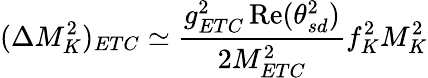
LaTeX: (\Delta M_{K}^{2})_{ETC}\simeq{\frac{g_{ETC}^{2}\, \mathrm{Re}(\theta_{sd}^{2})}{2M_{ETC}^{2}}}f_{K}^{2}M_{K}^{2}